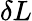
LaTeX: \delta L